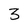
Character: 3